Indian journal of veterinary science and animal husbandry - Volumes 22-23, 1952-1953
Year: 1952
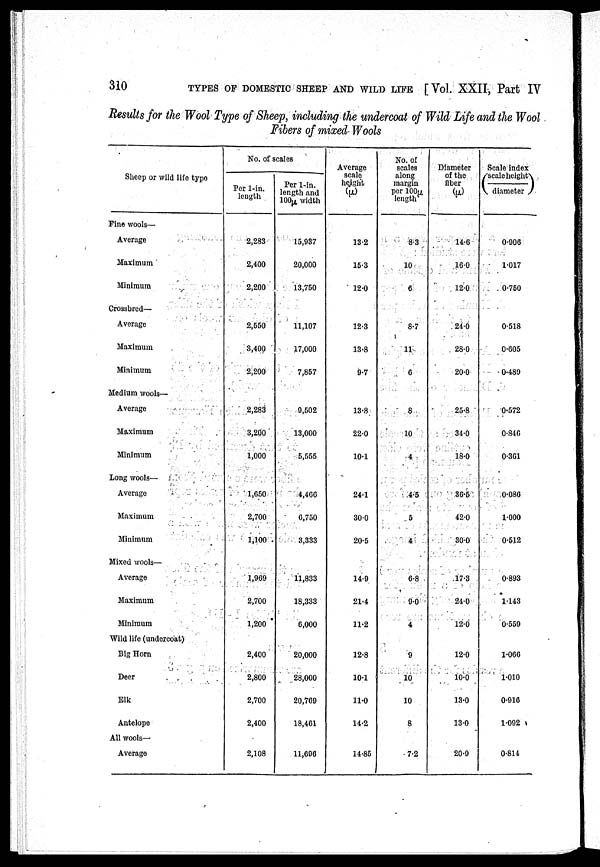
310
TYPES OF DOMESTIC SHEEP AND WILD LIFE [ Vol. XXII, Part IV
Results for the Wool Type of Sheep, including the undercoat of Wild Life and the Wool
Fibers of mixed Wools
Sheep or wild life type
Fine wools—
Average
Maximum
Minimum
Crossbred—
Average
Maximum
Minimum
Medium wools—
Average
Maximum
Minimum
Long wools—
Average
Maximum
Minimum
Mixed wools—
Average
Maximum
Minimum
Wild life (undercoat)
Big Horn
Deer
Elk
Antelope
All wools—
Average
No. of scales
Per 1-in.
length
2,283
2,400
2,200
2,550
3,400
2,200
2,283
3,200
1,000
1,650
2,700
1,100
1,969
2,700
1,200
2,400
2,800
2,700
2,400
2,108
Per 1-in.
length and
100µ width
15,937
20,000
13,750
11,107
17,000
7,857
9,502
13,000
5,555
4,466
6,750
3,333
11,833
18,333
6,000
20,000
28,000
20,769
18,461
11,696
Average
scale
height
(µ)
13.2
15.3
12.0
12.3
13.8
9.7
13.8
22.0
10.1
24.1
30.0
20.5
14.9
21.4
11.2
12.8
10.1
11.0
14.2
14.85
No. of
scales
along
margin
per 100µ
length
8.3
10
6
8.7
11
6
8
10
4
4.5
5
4
6.8
9.0
4
9
10
10
8
7.2
Diameter
of the
fiber
(µ)
14.6
16.0
12.0
24.0
28.0
20.0
25.8
34.0
18.0
36.5
42.0
30.0
17.3
24.0
12.0
12.0
10.0
13.0
13.0
20.9
Scale index
(scale height/
diameter)
0.906
1.017
0.750
0.518
0.605
0.489
0.572
0.846
0.361
0.086
1.000
0.512
0.893
1.143
0.559
1.066
1.010
0.916
1.092
0.814